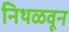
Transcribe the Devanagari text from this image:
निथळवून